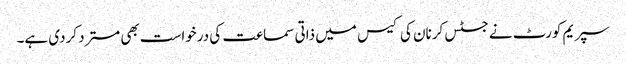
سپریم کورٹ نے جسٹس کرنان کی کیس میں ذاتی سماعت کی درخواست بھی مسترد کردی ہے۔